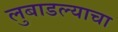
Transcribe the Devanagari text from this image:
लुबाडल्याचा